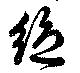
絶